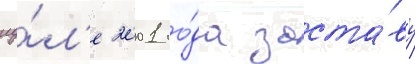
иу́л'е 2001 го́да заста́ву